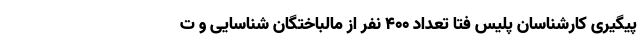
پیگیری کارشناسان پلیس فتا تعداد ۴۰۰ نفر از مالباختگان شناسایی و ت